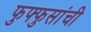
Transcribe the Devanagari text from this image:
फुफ्फुसांची